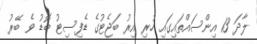
ލާދަ 13 އިންސައްތައިގައި ހުރި އިރު ބަޖެޓުގެ ޑެފިސިޓު ބޮޑު ވެ ބޭރު